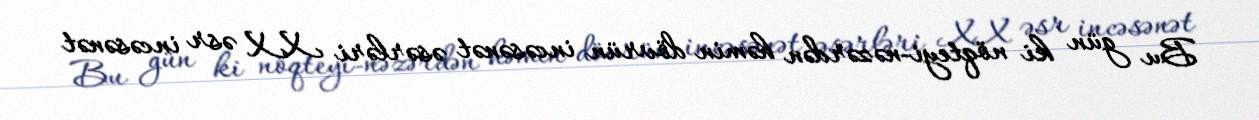
Bu gün ki nöqteyi-nəzərdən həmin dövrün incəsənət əsərləri XX əsr incəsənət